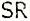
SR